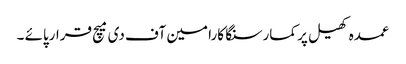
عمدہ کھیل پر کمارسنگا کارا مین آف دی میچ قرارپائے ۔